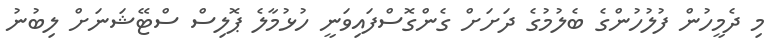
މި ދެމީހުން ފުލުހުންގެ ބެލުމުގެ ދަށަށް ގެންގޮސްފައިވަނީ ހުޅުމާލެ ޕޮލިސް ސްޓޭޝަަނަށް ލިބުނު